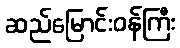
ဆည်မြောင်းဝန်ကြီး